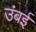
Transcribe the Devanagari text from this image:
उंबई